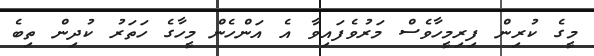
މީގެ ކުރިން ފިރިމީހާވެސް މަރުވެފައިވާ އެ އަންހެން މީހާގެ ހަތަރު ކުދިން ތިބެ